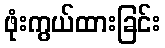
ဖုံးကွယ်ထားခြင်း